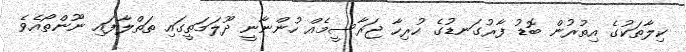
ކިލާތަކުގެ އިތުރުން ބޮޑު ފާރުގަނޑުގެ ހުރިހާ ޖަރާސީމެއް ހުންނާނީ ދޫލަމަތީގައި ތަތްލާފައި ނޫންތޯއެވެ